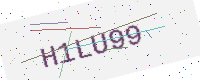
Text: H1LU99